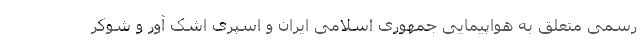
رسمی متعلق به هواپیمایی جمهوری اسلامی ایران و اسپری اشک آور و شوکر